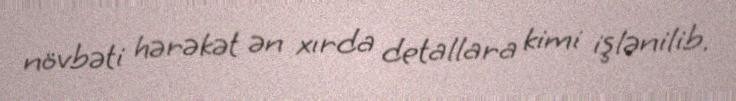
növbəti hərəkət ən xırda detallara kimi işlənilib.